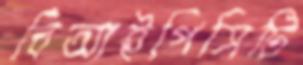
বিআইপিসিটি